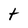
Character: t